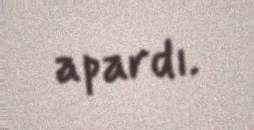
apardı.